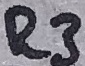
Text: R3